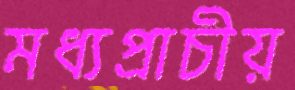
মধ্যপ্রাচীয়